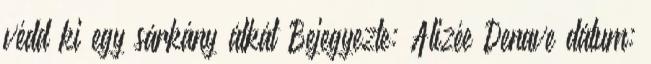
védd ki egy sárkány átkát Bejegyezte: Alizée Denave dátum: